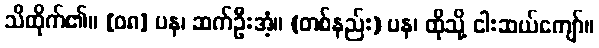
သိထိုက်၏။ [၀၈] ပန၊ ဆက်ဦးအံ့။ (တစ်နည်း) ပန၊ ထိုသို့ ငါးဆယ်ကျော်။